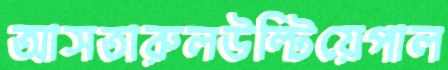
আসতারুলউল্টিয়েপাল